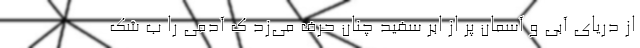
از دریای آبی و آسمان پر از ابر سفید چنان حرف می‌زد ک آدمی را ب شک